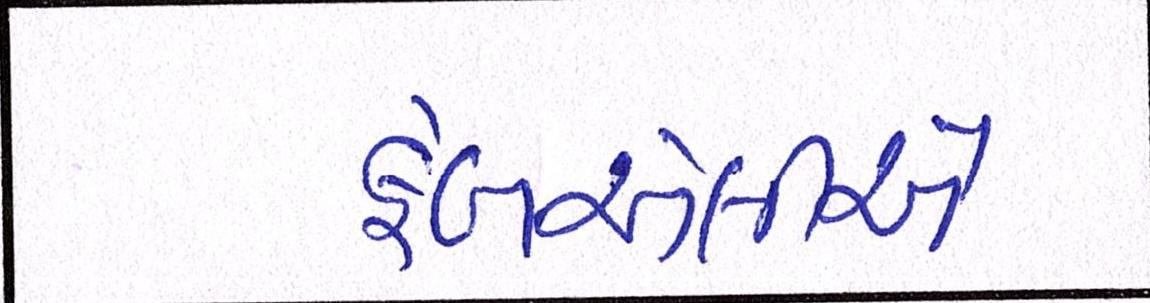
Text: ફેબએલીએ